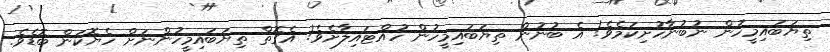
ތިޔަބައިމީހުން ނުބުނާހުށިކަމެވެ! އެ ބުނުން ތިޔަބައިމީހުން ހުއްޓައިލާށެވެ! އެގޮތް ތިޔަބައިމީހުންނަށް ހެޔޮކަން ބޮޑެވެ.